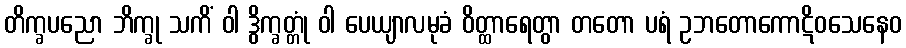
တိက္ခပညော ဘိက္ခု သကိံ ဝါ ဒွိက္ခတ္တုံ ဝါ ပေယျာလမုခံ ဝိတ္ထာရေတွာ တတော ပရံ ဥဘတောကောဋိဝသေနေဝ